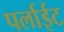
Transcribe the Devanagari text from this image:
पर्लाईट